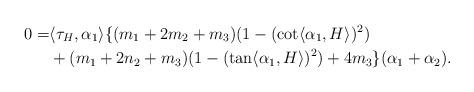
LaTeX: \begin{align*}0=&\langle \tau_{H}, \alpha_{1} \rangle \{ (m_{1}+2m_{2}+m_{3})(1-(\cot \langle \alpha_{1}, H\rangle )^{2}) \\&+(m_{1}+2n_{2}+m_{3})(1-(\tan \langle \alpha_{1}, H\rangle )^{2}) +4m_{3} \}(\alpha_{1}+\alpha_{2}).\end{align*}